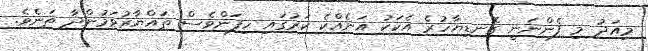
މިއަދު މި ފެންނަނީ ގޮނޑިޔާހުރެ އެކަކު އަނެއްކެ ކަރުގައި ހިފަންވެސް ތައްޔާރުވަމުންދާ ތަނެވެ.